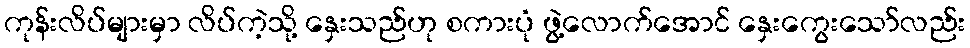
ကုန်းလိပ်များမှာ လိပ်ကဲ့သို့ နှေးသည်ဟု စကားပုံ ဖွဲ့လောက်အောင် နှေးကွေးသော်လည်း